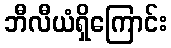
ဘီလီယံရှိကြောင်း